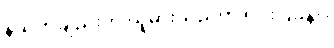
နိယတချည်းဟု ယူမှားသည်ကို ရှင်းပြခန်း။